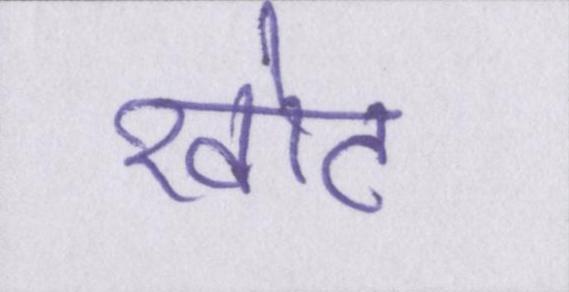
खोट